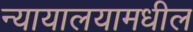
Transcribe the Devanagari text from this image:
न्यायालयामधील